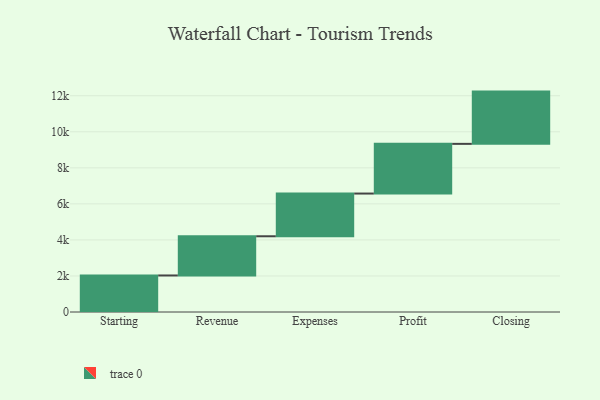
{"axis": {"x": "Step", "y": "Value"}, "legend": [""], "data": [{"x": "Starting", "y": 2027.0, "type": ""}, {"x": "Revenue", "y": 2175.0, "type": ""}, {"x": "Expenses", "y": 2371.0, "type": ""}, {"x": "Profit", "y": 2757.0, "type": ""}, {"x": "Closing", "y": 2900.0, "type": ""}]}